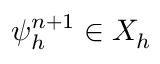
\psi _ { h } ^ { n + 1 } \in X _ { h }